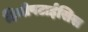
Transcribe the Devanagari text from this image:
हिमोपटाईसिस